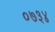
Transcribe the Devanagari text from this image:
०७३४